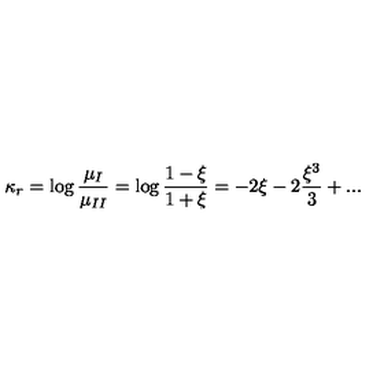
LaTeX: \kappa _ { r } = \log { \frac { \mu _ { I } } { \mu _ { I I } } } = \log { \frac { 1 - \xi } { 1 + \xi } } = - 2 \xi - 2 { \frac { \xi ^ { 3 } } { 3 } } + . . .